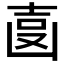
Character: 𠚓